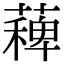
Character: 薭